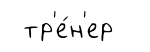
тр'е́н'ер